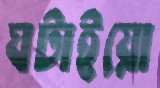
ঘটাইয়ো